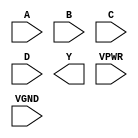
module sky130_fd_sc_hs__nor4 (
    //# {{data|Data Signals}}
    input  A   ,
    input  B   ,
    input  C   ,
    input  D   ,
    output Y   ,

    //# {{power|Power}}
    input  VPWR,
    input  VGND
);
endmodule